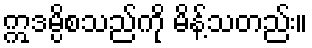
ဣဒမ္ပိစသည်ကို မိန့်သတည်း။